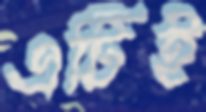
এটিই